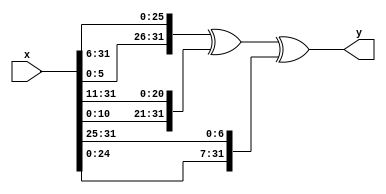
/* Generated by Yosys 0.43+11 (git sha1 49f547782, clang++ 14.0.0-1ubuntu1.1 -fPIC -Os) */

(* src = "./test.v:1.1-8.10" *)
module e1(x, y);
  (* src = "./test.v:5.6-6.24" *)
  wire [31:0] _0_;
  (* src = "./test.v:2.15-2.16" *)
  input [31:0] x;
  wire [31:0] x;
  (* src = "./test.v:3.16-3.17" *)
  output [31:0] y;
  wire [31:0] y;
  assign _0_ = { x[5:0], x[31:6] } ^ (* src = "./test.v:5.6-6.24" *) { x[10:0], x[31:11] };
  assign y = _0_ ^ (* src = "./test.v:5.6-7.24" *) { x[24:0], x[31:25] };
endmodule